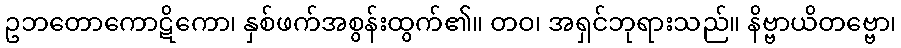
ဥဘတောကောဋိကော၊ နှစ်ဖက်အစွန်းထွက်၏။ တဝ၊ အရှင်ဘုရားသည်။ နိဗ္ဗာယိတဗ္ဗော၊